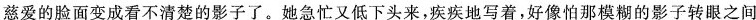
慈爱的脸面变成看不清楚的影子了。她急忙又低下头来，疾疾地写着，好像怕那模糊的影子转眼之间